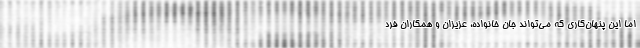
اما این پنهان‌کاری که می‌تواند جان خانواده، عزیزان‌ و همکاران فرد